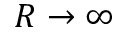
R \to \infty